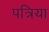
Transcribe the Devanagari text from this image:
पत्रिया